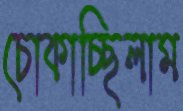
চোকাচ্ছিলাম